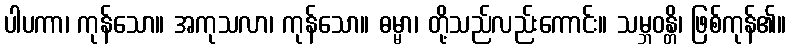
ပါပကာ၊ ကုန်သော။ အကုသလာ၊ ကုန်သော။ ဓမ္မာ၊ တို့သည်လည်းကောင်း။ သမ္ဘဝန္တိ၊ ဖြစ်ကုန်၏။